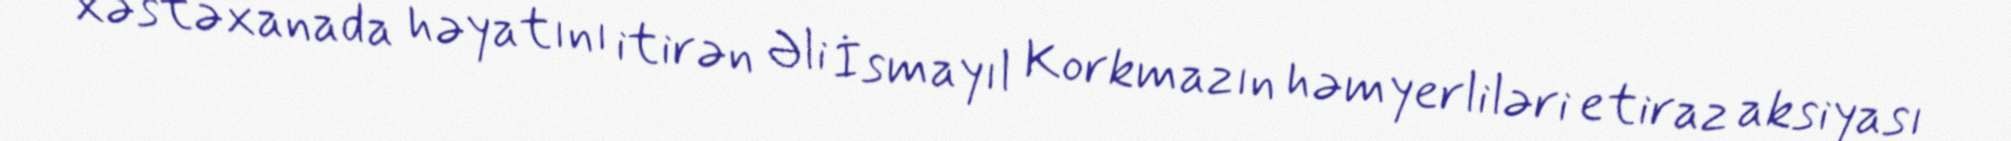
xəstəxanada həyatını itirən Əli İsmayıl Korkmazın həmyerliləri etiraz aksiyası